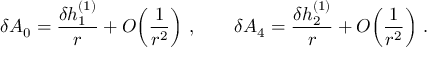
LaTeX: \delta A _ { 0 } = { \frac { \delta h _ { 1 } ^ { ( 1 ) } } { r } } + O \! \left( { \frac { 1 } { r ^ { 2 } } } \right) \, , \qquad \delta A _ { 4 } = { \frac { \delta h _ { 2 } ^ { ( 1 ) } } { r } } + O \! \left( { \frac { 1 } { r ^ { 2 } } } \right) \, .